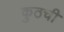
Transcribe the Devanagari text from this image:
कुठची